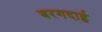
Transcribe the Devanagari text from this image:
बरगदाई